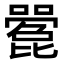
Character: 𫬌